画像に写った文字を読んでください
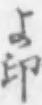
「よ印」と書いてあります